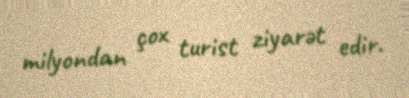
milyondan çox turist ziyarət edir.